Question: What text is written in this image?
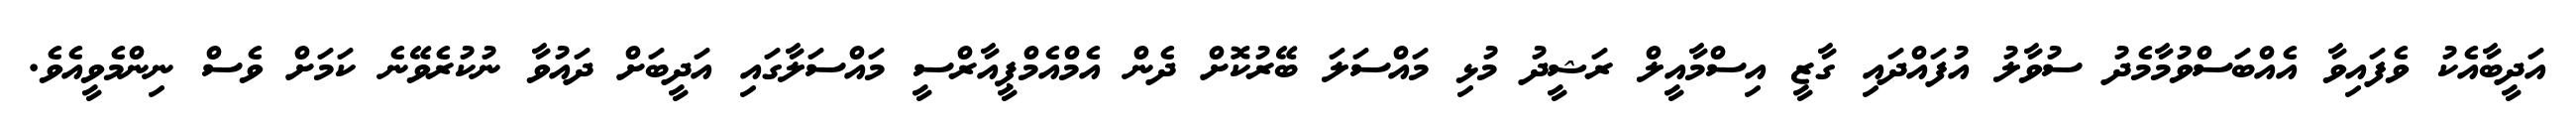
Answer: އަދީބާއެކު ވެފައިވާ އެއްބަސްވުމާމެދު ސުވާލު އުފައްދައި ގާޒީ އިސްމާއީލް ރަޝީދު މުޅި މައްސަލަ ބޭރުކޮށް ދެން އެމްއެމްޕީއާރްސީ މައްސަލާގައި އަދީބަށް ދައުވާ ނުކުރެވޭނެ ކަމަށް ވެސް ނިންމެވީއެވެ.